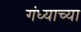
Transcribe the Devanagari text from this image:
गंध्याच्या